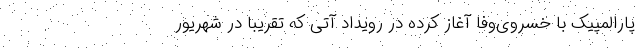
پارالمپیک با خسروی‌وفا آغاز کرده در رویداد آتی که تقریباً در شهریور